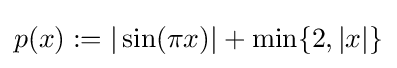
p(x):=|\sin(\pi x)|+\min\{2,|x|\}